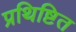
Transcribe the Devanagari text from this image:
प्रथिष्टित